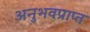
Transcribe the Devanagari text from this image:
अनुभवप्राप्त